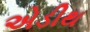
એડીથ